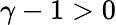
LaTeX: \gamma-1>0